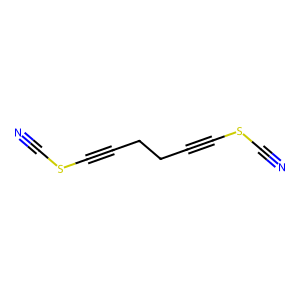
SMILES: N#CSC#CCCC#CSC#N
Inhibits HIV replication: No